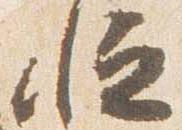
恒